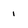
Character: 1